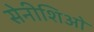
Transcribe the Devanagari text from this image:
सेनीशिओ